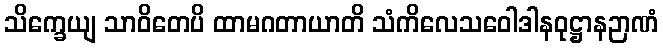
သိက္ခေယျ သာဝိတေပိ ထာမဂတာယာတိ သံကိလေသဝေါဒါနဝုဋ္ဌာနဉာဏံ